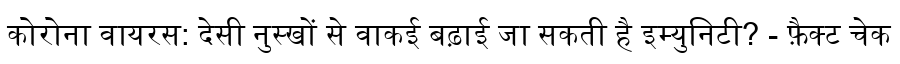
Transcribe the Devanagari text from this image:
कोरोना वायरस: देसी नुस्खों से वाकई बढ़ाई जा सकती है इम्युनिटी? - फ़ैक्ट चेक